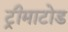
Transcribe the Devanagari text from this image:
ट्रीमाटोड